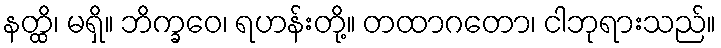
နတ္ထိ၊ မရှိ။ ဘိက္ခဝေ၊ ရဟန်းတို့။ တထာဂတော၊ ငါဘုရားသည်။